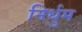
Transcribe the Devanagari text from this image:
निर्धुम